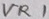
Text: VR1